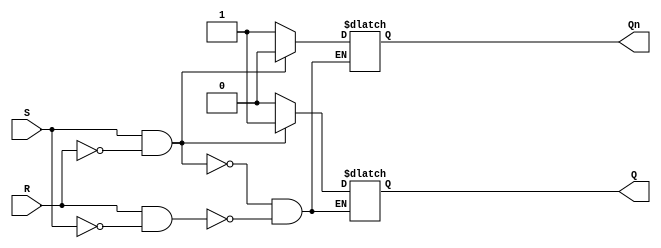
module sr_flip_flop (
    input S, // Set input
    input R, // Reset input
    output reg Q, // Output Q
    output reg Qn // Output Qn
);

always @(S or R) begin
    if (S && !R) begin // Set condition
        Q <= 1'b1;
        Qn <= 1'b0;
    end else if (R && !S) begin // Reset condition
        Q <= 1'b0;
        Qn <= 1'b1;
    end
end

endmodule